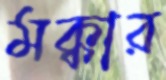
মক্কার